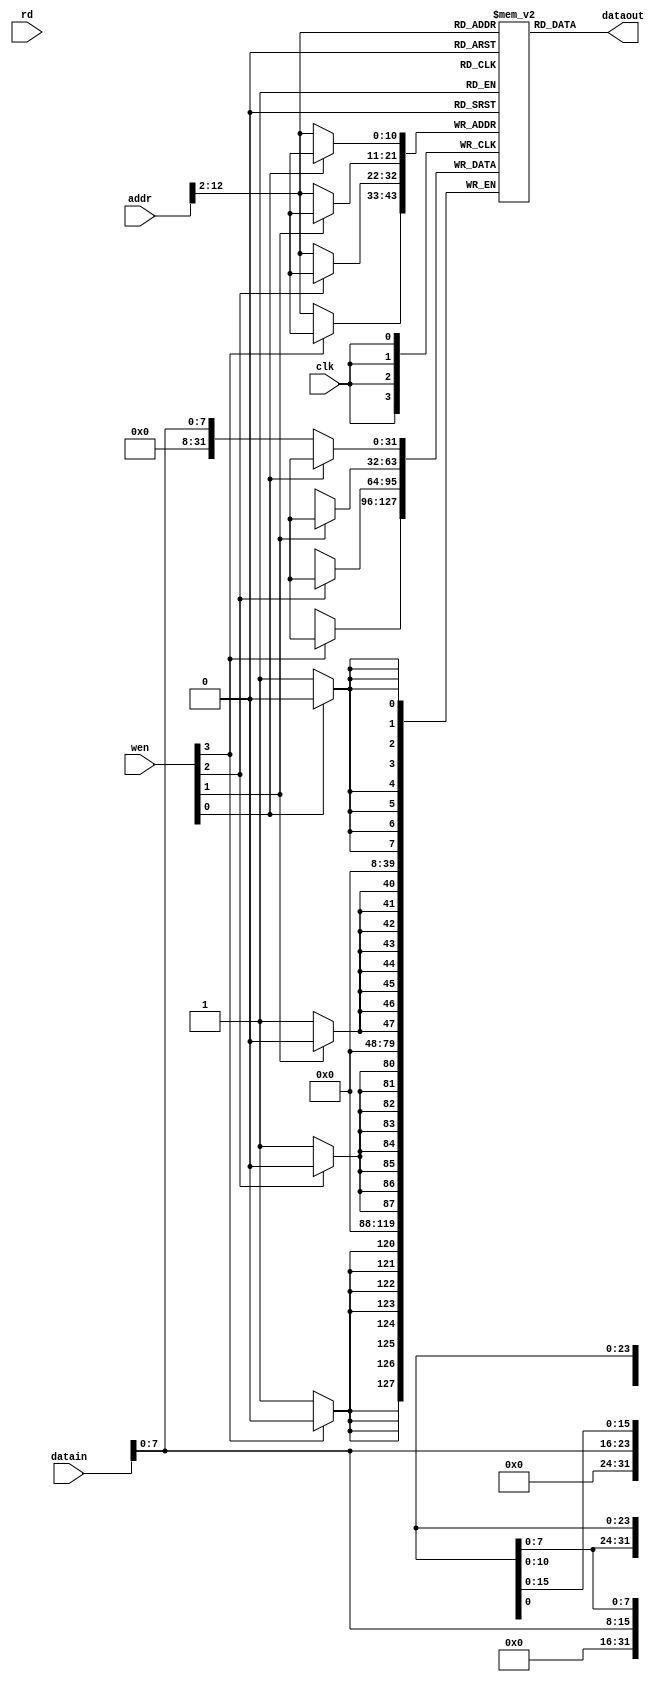
module memory( input clk, 
	input [31:0] addr, 
	input [31:0] datain, 
	output [31:0] dataout, 
	input [3:0] wen, 
	input rd);

reg [31:0] memory [0:1024];
wire [31:0] d;


initial begin
	memory[0] = 32'h 3fc00093; //       li      x1,1020
	memory[1] = 32'h 0000a023; //       sw      x0,0(x1)
	memory[2] = 32'h 0000a103; // loop: lw      x2,0(x1)
	memory[3] = 32'h 00110113; //       addi    x2,x2,1
	memory[4] = 32'h 0020a023; //       sw      x2,0(x1)
	memory[5] = 32'h ff5ff06f; //       j       <loop>
end
assign dataout = memory[addr >> 2];


always @(posedge clk) 
begin
	if (wen[0] == 0) memory[addr >> 2][ 7: 0] <= datain[7:0];
	if (wen[1] == 0) memory[addr >> 2][15: 8] <= datain[7:0];
	if (wen[2] == 0) memory[addr >> 2][23:16] <= datain[7:0];
	if (wen[3] == 0) memory[addr >> 2][31:24] <= datain[7:0];
end

endmodule